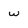
Character: w